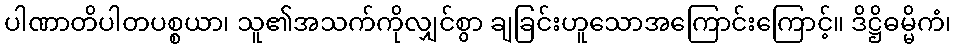
ပါဏာတိပါတပစ္စယာ၊ သူ၏အသက်ကိုလျှင်စွာ ချခြင်းဟူသောအကြောင်းကြောင့်။ ဒိဋ္ဌိဓမ္မိကံ၊